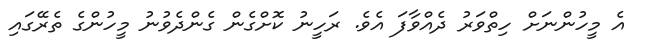
އެ މީހުންނަށް ހިތްވަރު ދެއްވާފަ އެވެ. ރަހީނު ކޮށްގެން ގެންދެވުނު މީހުންގެ ތެރޭގައި